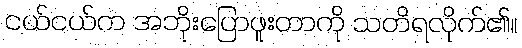
ငယ်ငယ်က အဘိုးပြောဖူးတာကို သတိရလိုက်၏။